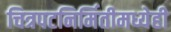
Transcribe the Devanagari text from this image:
चित्रपटनिर्मितीमध्येही